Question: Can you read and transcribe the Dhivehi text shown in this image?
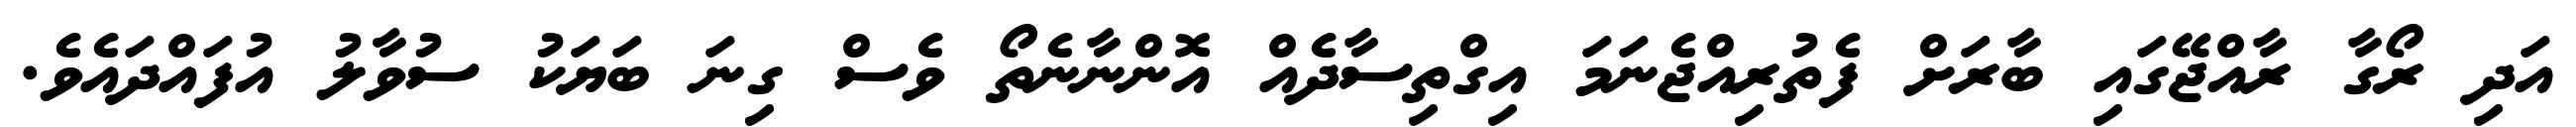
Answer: އަދި ރޯގާ ރާއްޖޭގައި ބާރަށް ފެތުރިއްޖެނަމަ އިގްތިސާދެއް އޮންނާނެތޯ ވެސް ގިނަ ބަޔަކު ސުވާލު އުފައްދައެވެ.